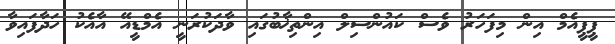
ޕީޕީއެމް އިން މިފަހަރު ވެސް ކައުންސިލް އިންތިޚާބުގައި ވާދަކުރަނީ އެމްޑީއޭ އާއެކު ހަދާފައިވާ